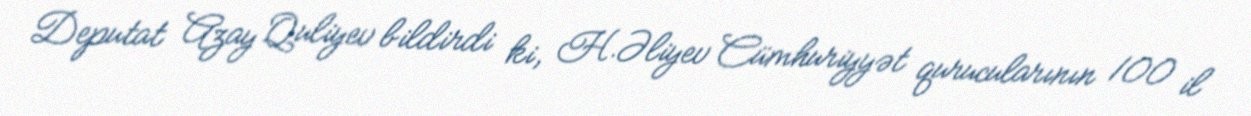
Deputat Azay Quliyev bildirdi ki, H.Əliyev Cümhuriyyət qurucularının 100 il